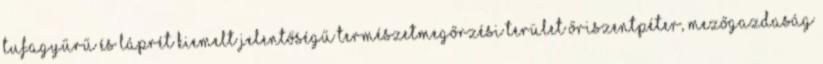
tufagyűrű és láprét kiemelt jelentőségű természetmegőrzési terület Őriszentpéter, Mezőgazdaság